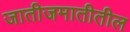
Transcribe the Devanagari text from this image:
जातीजमातीतील